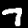
Digit: 7